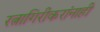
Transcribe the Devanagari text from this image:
रत्नागिरीकरांनाही